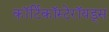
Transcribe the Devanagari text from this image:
कॉर्टिकॉस्टेरॉयड्स